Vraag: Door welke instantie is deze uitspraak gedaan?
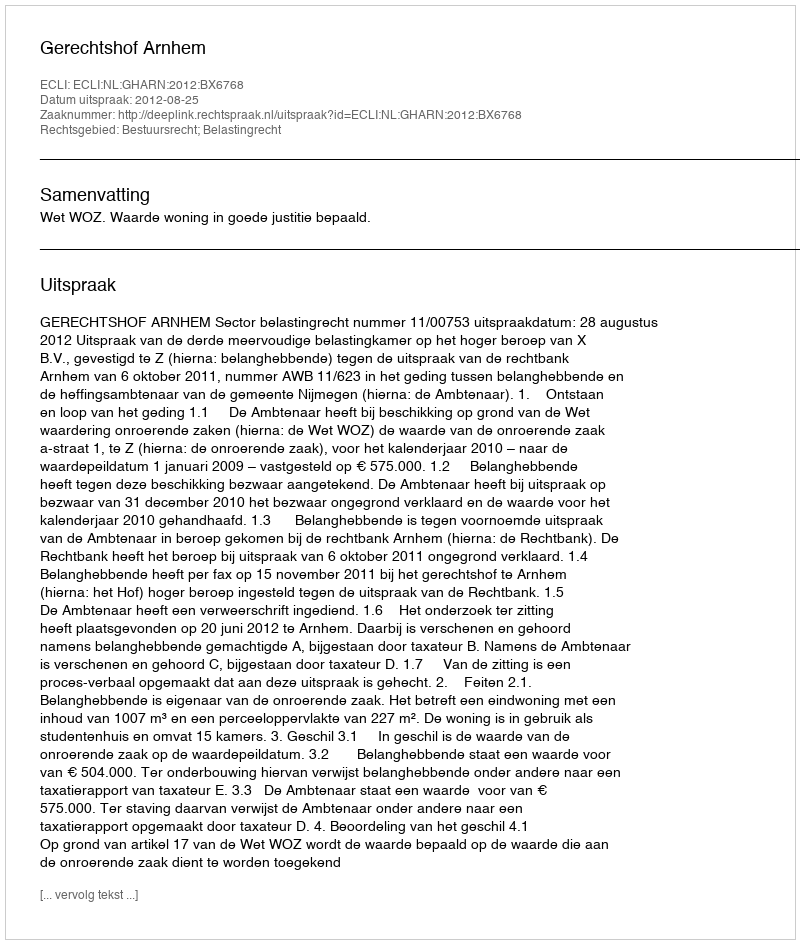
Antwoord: Gerechtshof Arnhem